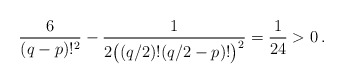
\begin{align*}\frac{6}{(q-p)!^2} - \frac{1}{2\big((q/2)!(q/2 - p)!\big)^2}=\frac{1}{24}>0\,.\end{align*}